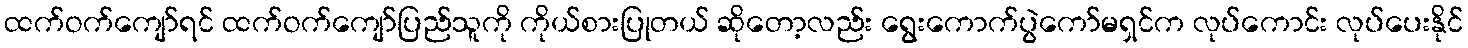
ထက်ဝက်ကျော်ရင် ထက်ဝက်ကျော်ပြည်သူကို ကိုယ်စားပြုတယ် ဆိုတော့လည်း ရွေးကောက်ပွဲကော်မရှင်က လုပ်ကောင်း လုပ်ပေးနိုင်